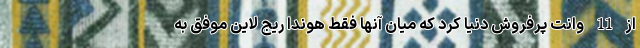
از 11 وانت پرفروش دنیا کرد که میان آنها فقط هوندا ریج لاین موفق به